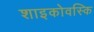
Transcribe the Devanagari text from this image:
शाइकोवस्कि